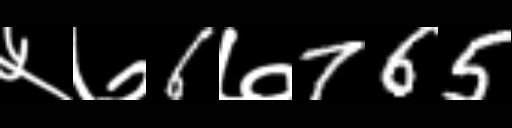
Text: ५७6७765